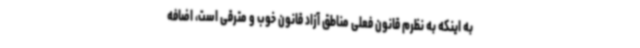
به اینکه به نظرم قانون فعلی مناطق آزاد قانون خوب و مترقی است، اضافه